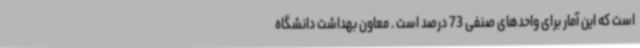
است که این آمار برای واحدهای صنفی 73 درصد است . معاون بهداشت دانشگاه